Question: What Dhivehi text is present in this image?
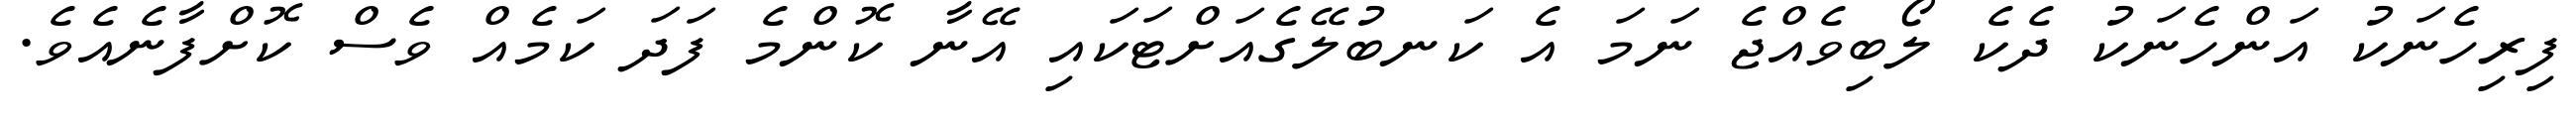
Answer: ފިރިހެނަކު އަންހެނަކު ދެކެ ލޯބިވެއްޖެ ނަމަ އެ ކަނބުލޭގެއަށްޓަކައި އޭނާ ކޮންމެ ފަދަ ކަމެއް ވެސް ކޮށްފާނެއެވެ.